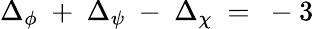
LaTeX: \Delta_{\phi}~+~\Delta_{\psi}~-~\Delta_{\chi}~=~-3